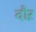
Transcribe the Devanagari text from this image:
दौऱ